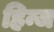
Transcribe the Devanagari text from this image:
हिन्ज